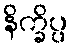
နိက္ခိပ္ပ